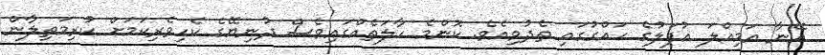
އޭނާ އަމިއްލަ އުފަލުގެ ހައްގުގައި ތެދުވިއެވެ. ކޮންމެ ހާލަތެއްގައިވެސް ދުނިޔޭގެ ކެހިވެރިކަމަށް ކުރިމަތިލާން